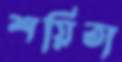
শয়িতা